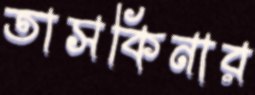
তাসকিনার